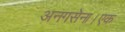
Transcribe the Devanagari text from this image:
अनगसेना।एक